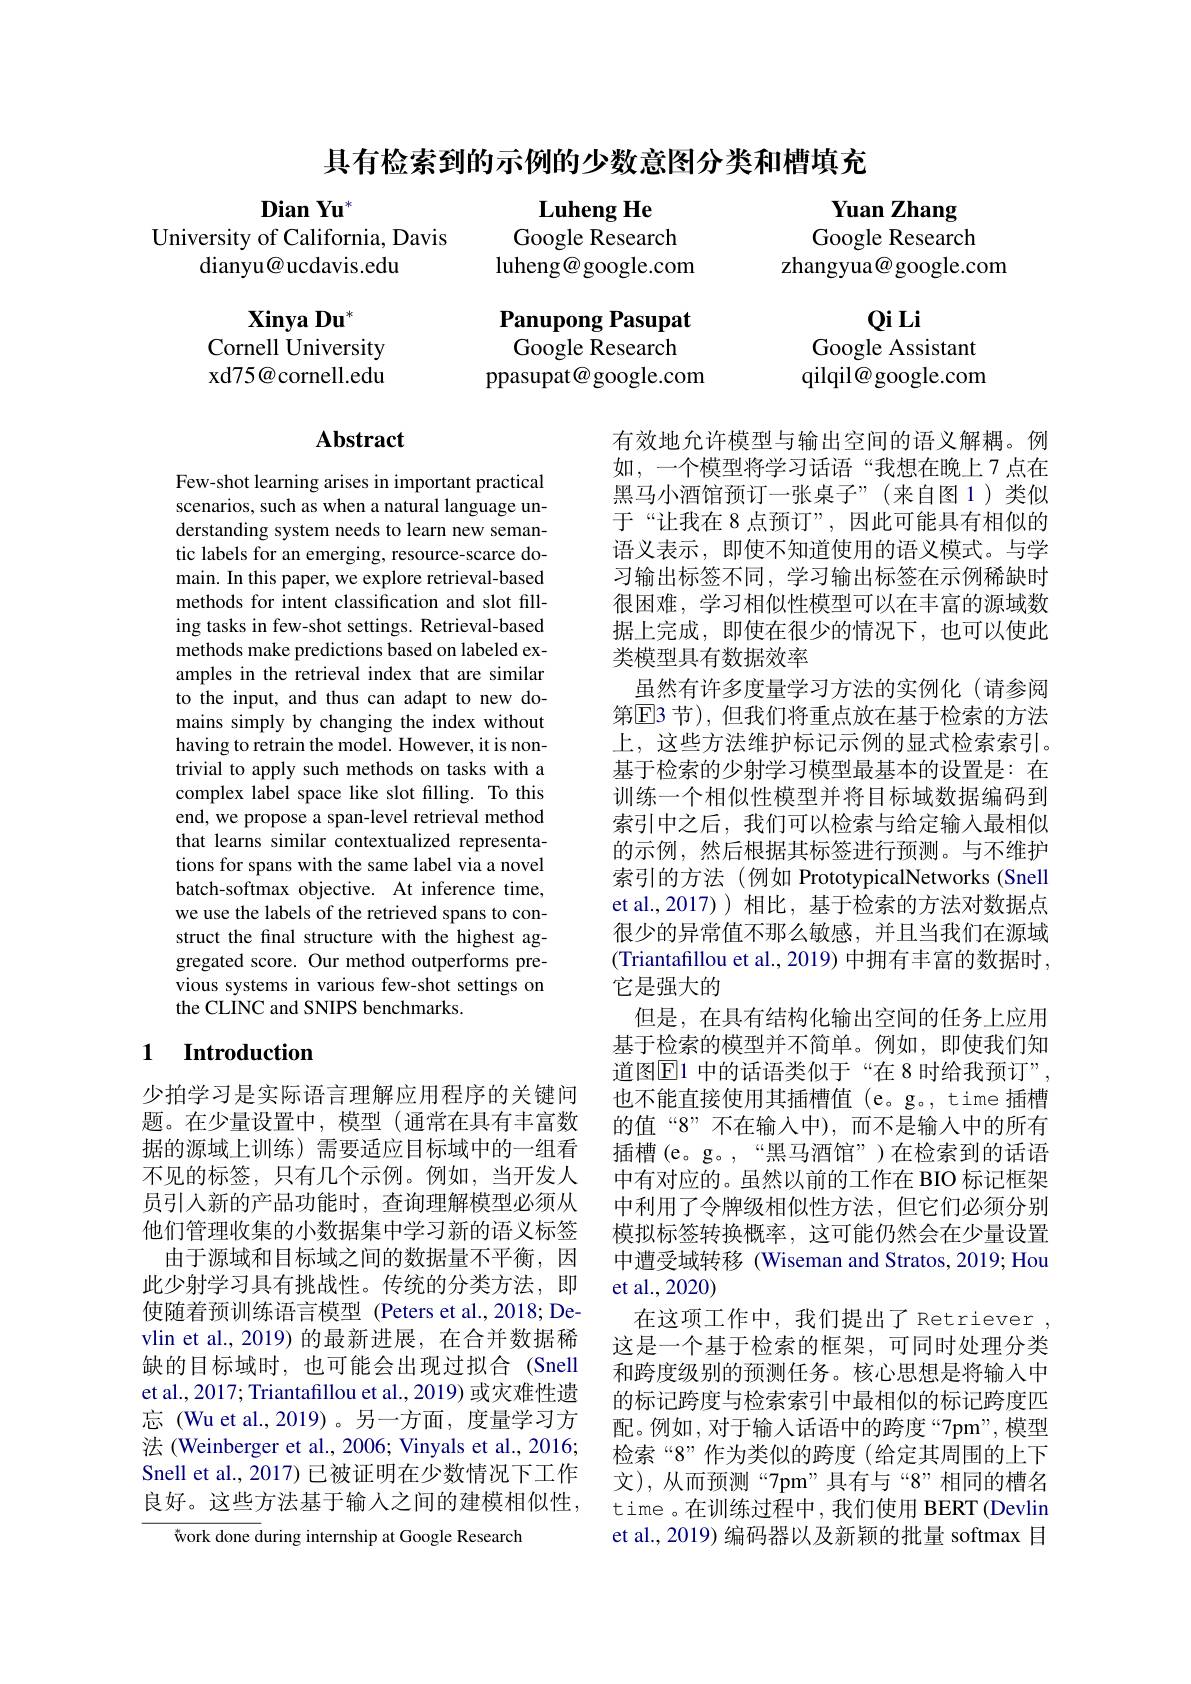
具有检索到的示例的少数意图分类和槽填充

Luheng He

$\textbf{Dian Yu}^{*}$
University of California, Davis
dianyu@ucdavis.edu

Google Research

Yuan Zhang Google Research
zhangyua@ google.com

luheng@google.com

$\mathbf{XinyaDu}^*$
Cornell University xd75@cornell.edu

QiLi
Google Assistant qilqil@ google.com

Panupong Pasupat $\bar{\text{Google Research}}$
ppasupat@google.com

## Abstract

Few-shot learning arises in important practical scenarios, such as when a natural language understanding system needs to learn new semantic labels for an emerging, resource-scarce domain. In this paper, we explore retrieval-based methods for intent classification and slot filling tasks in few-shot settings. Retrieval-based methods make predictions based on labeled examples in the retrieval index that are similar to the input, and thus can adapt to new domains simply by changing the index without having to retrain the model. However, it is nontrivial to apply such methods on tasks with a complex label space like slot filling. To this end, we propose a span-level retrieval method that learns similar contextualized representations for spans with the same label via a novel batch-softmax objective. At inference time, we use the labels of the retrieved spans to construct the final structure with the highest aggregated score. Our method outperforms previous systems in various few-shot settings on the CLINC and SNIPS benchmarks.

有效地允许模型与输出空间的语义解耦。例如，一个模型将学习话语“我想在晚上 7 点在黑马小酒馆预订一张桌子”(来自图1)类似于“让我在 8 点预订”,因此可能具有相似的语义表示，即使不知道使用的语义模式。与学习输出标签不同，学习输出标签在示例稀缺时很困难，学习相似性模型可以在丰富的源域数据上完成，即使在很少的情况下，也可以使此类模型具有数据效率
虽然有许多度量学习方法的实例化 (请参阅第E3 节 ) , 但我们将重点放在基于检索的方法上，这些方法维护标记示例的显式检索索引。基于检索的少射学习模型最基本的设置是：在训练一个相似性模型并将目标域数据编码到索引中之后，我们可以检索与给定输入最相似的示例，然后根据其标签进行预测。与不维护索引的方法(例如 PrototypicalNetworks(Snell et al.,2017))相比，基于检索的方法对数据点很少的异常值不那么敏感，并且当我们在源域(Triantafillou et al., 2019) 中拥有丰富的数据时， 它是强大的
但是，在具有结构化输出空间的任务上应用基于检索的模型并不简单。例如，即使我们知道图$\mathbb{E}$1 中的话语类似于“在 8 时给我预订”, 也不能直接使用其插槽值 (e。g。, time 插槽的值“8”不在输入中),而不是输入中的所有插槽(e。g。,“黑马酒馆”)在检索到的话语中有对应的。虽然以前的工作在 BIO 标记框架中利用了令牌级相似性方法，但它们必须分别模拟标签转换概率，这可能仍然会在少量设置中遭受域转移 (Wiseman and Stratos, 2019; Hou et al.,2020)
在这项工作中，我们提出了 Retriever , 这是一个基于检索的框架，可同时处理分类和跨度级别的预测任务。核心思想是将输入中的标记跨度与检索索引中最相似的标记跨度匹配。例如，对于输入话语中的跨度“7pm”, 模型检索“8”作为类似的跨度(给定其周围的上下文),从而预测“7pm”具有与“8”相同的槽名time 。在训练过程中，我们使用 BERT (Devlin et al., 2019) 编码器以及新颖的批量 softmax 目

## 1 $\textbf{Introduction}$

少拍学习是实际语言理解应用程序的关键问题。在少量设置中，模型(通常在具有丰富数据的源域上训练)需要适应目标域中的一组看不见的标签，只有几个示例。例如，当开发人员引入新的产品功能时，查询理解模型必须从他们管理收集的小数据集中学习新的语义标签
由于源域和目标域之间的数据量不平衡，因此少射学习具有挑战性。传统的分类方法，即使随着预训练语言模型 (Peters et al.,2018; Devlin et al., 2019) 的最新进展，在合并数据稀缺的目标域时，也可能会出现过拟合 (Snell et al., 2017; Triantafillou et al., 2019) 或灾难性遗忘 (Wu et al.,2019)。另一方面，度量学习方法 (Weinberger et al., 2006; Vinyals et al., 2016; Snell et al., 2017) 已被证明在少数情况下工作良好。这些方法基于输入之间的建模相似性，

$\overline{\text{work done d}}$uring internship at Google Research